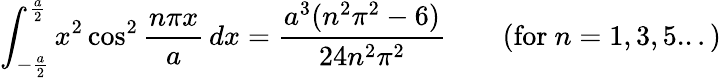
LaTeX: \int_{-{\frac{a}{2}}}^{\frac{a}{2}}x^{2}\cos^{2}{\frac{n\pi x}{a}}\, dx={\frac{a^{3}(n^{2}\pi^{2}-6)}{24n^{2}\pi^{2}}}\qquad{\mathrm{(for~}}n=1,3,5...{\mathrm{)}}